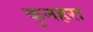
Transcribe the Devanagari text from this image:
कुनहरा